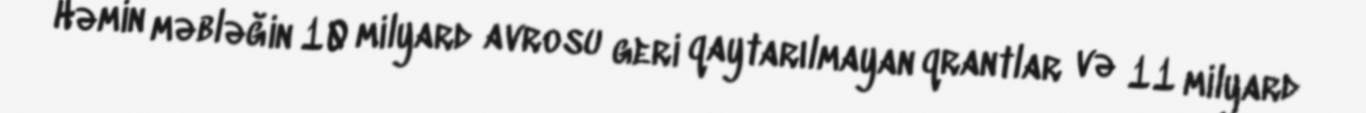
Həmin məbləğin 10 milyard avrosu geri qaytarılmayan qrantlar və 11 milyard